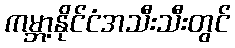
ကမ္ဘာ့နိုင်ငံအသီးသီးတွင်